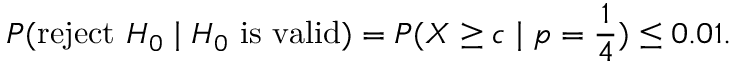
P ( { \mathrm { r e j e c t ~ } } H _ { 0 } \mid H _ { 0 } { \mathrm { ~ i s ~ v a l i d } } ) = P ( X \geq c \mid p = { \frac { 1 } { 4 } } ) \leq 0 { . } 0 1 .